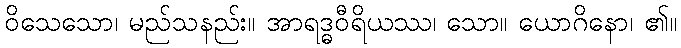
ဝိသေသော၊ မည်သနည်း။ အာရဒ္ဓဝီရိယဿ၊ သော။ ယောဂိနော၊ ၏။